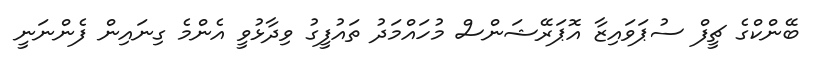
ބޭންކްގެ ޗީފް ސުޕަވައިޒާ އޮޕަރޭޝަންސް މުހައްމަދު ތައުފީގު ވިދާޅުވީ އެންމެ ގިނައިން ފެންނަނީ